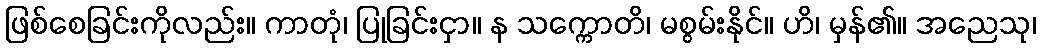
ဖြစ်စေခြင်းကိုလည်း။ ကာတုံ၊ ပြုခြင်းငှာ။ န သက္ကောတိ၊ မစွမ်းနိုင်။ ဟိ၊ မှန်၏။ အညေသု၊